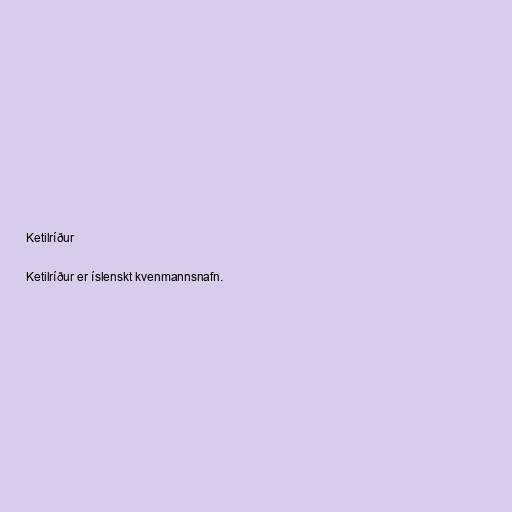
Ketilríður

Ketilríður er íslenskt kvenmannsnafn.